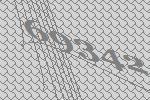
69342